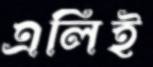
এলিই